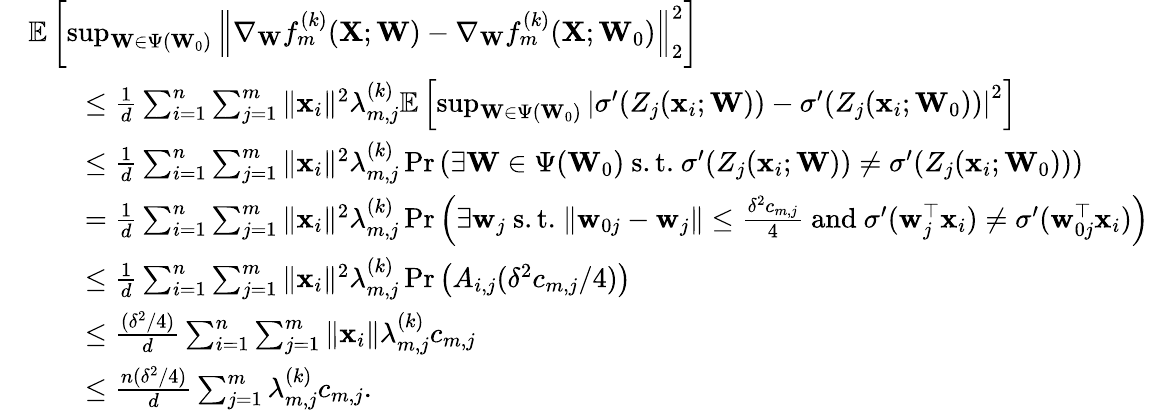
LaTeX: \begin{array}{rl}&{\mathbb{E}\left[\operatorname*{sup}_{\mathbf{W}\in\Psi(\mathbf{W}_{0})}\left\| \nabla_{\mathbf{W}}f_{m}^{(k)}(\mathbf{X};\mathbf{W})-\nabla_{\mathbf{W}}f_{m}^{(k)}(\mathbf{X};\mathbf{W}_{0})\right\| _{2}^{2}\right]}\\ &{\qquad\leq\frac{1}{d}\sum_{i=1}^{n}\sum_{j=1}^{m}\| \mathbf{x}_{i}\| ^{2}\lambda_{m,j}^{(k)}\mathbb{E}\left[\operatorname*{sup}_{\mathbf{W}\in\Psi(\mathbf{W}_{0})}\left|\sigma^{\prime}(Z_{j}(\mathbf{x}_{i};\mathbf{W}))-\sigma^{\prime}(Z_{j}(\mathbf{x}_{i};\mathbf{W}_{0}))\right|^{2}\right]}\\ &{\qquad\leq\frac{1}{d}\sum_{i=1}^{n}\sum_{j=1}^{m}\| \mathbf{x}_{i}\| ^{2}\lambda_{m,j}^{(k)}\operatorname*{Pr}\left(\exists\mathbf{W}\in\Psi(\mathbf{W}_{0})\ \mathrm{s.t.}\ \sigma^{\prime}(Z_{j}(\mathbf{x}_{i};\mathbf{W}))\neq\sigma^{\prime}(Z_{j}(\mathbf{x}_{i};\mathbf{W}_{0}))\right)}\\ &{\qquad=\frac{1}{d}\sum_{i=1}^{n}\sum_{j=1}^{m}\| \mathbf{x}_{i}\| ^{2}\lambda_{m,j}^{(k)}\operatorname*{Pr}\left(\exists\mathbf{w}_{j}\ \mathrm{s.t.}\ \| \mathbf{w}_{0j}-\mathbf{w}_{j}\| \leq\frac{\delta^{2}c_{m,j}}{4}\ \mathrm{and}\ \sigma^{\prime}(\mathbf{w}_{j}^{\top}\mathbf{x}_{i})\neq\sigma^{\prime}(\mathbf{w}_{0j}^{\top}\mathbf{x}_{i})\right)}\\ &{\qquad\leq\frac{1}{d}\sum_{i=1}^{n}\sum_{j=1}^{m}\| \mathbf{x}_{i}\| ^{2}\lambda_{m,j}^{(k)}\operatorname*{Pr}\left(A_{i,j}(\delta^{2}c_{m,j}/4)\right)}\\ &{\qquad\leq\frac{(\delta^{2}/4)}{{d}}\sum_{i=1}^{n}\sum_{j=1}^{m}\| \mathbf{x}_{i}\| \lambda_{m,j}^{(k)}c_{m,j}}\\ &{\qquad\leq\frac{n(\delta^{2}/4)}{{d}}\sum_{j=1}^{m}\lambda_{m,j}^{(k)}c_{m,j}.}\end{array}